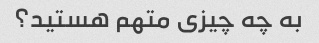
به چه چیزی متهم هستید؟